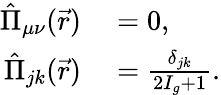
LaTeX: \begin{array}{rl}{\hat{\Pi}_{\mu\nu}(\vec{r})}&{{}=0,}\\ {\hat{\Pi}_{jk}(\vec{r})}&{{}=\frac{\delta_{jk}}{2I_{g}+1}.}\end{array}